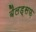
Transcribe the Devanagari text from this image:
बैलड्सफ़